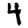
Digit: 4